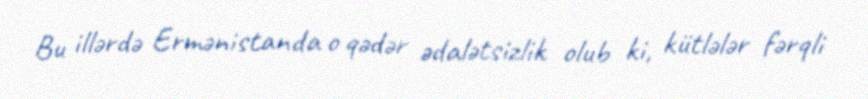
Bu illərdə Ermənistanda o qədər ədalətsizlik olub ki, kütlələr fərqli